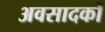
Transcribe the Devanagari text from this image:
अवसादकों